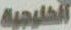
الخليجية